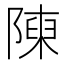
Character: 𨻰